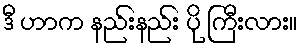
ဒီ ဟာက နည်းနည်း ပို ကြီးလား။